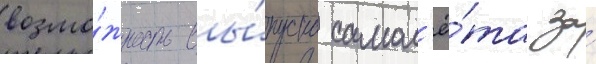
возмо́жность вы́пуска самол'ё́та за́